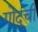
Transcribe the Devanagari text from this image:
गोदूची